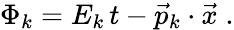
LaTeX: \Phi_{k}=E_{k}\, t-\vec{p}_{k}\cdot\vec{x}\; .